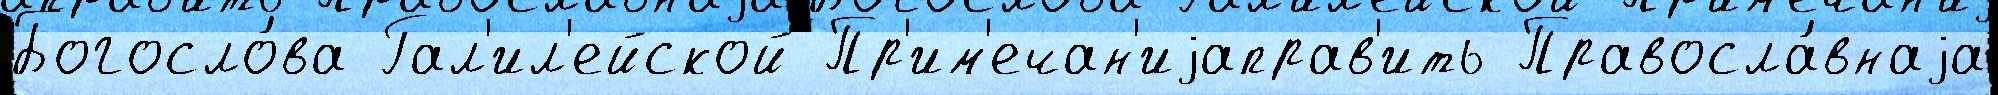
Богосло́ва Гал'ил'ейской Пр'им'ечан'иjаправ'ить Правосла́внаjа